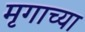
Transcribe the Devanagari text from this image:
मृगाच्या